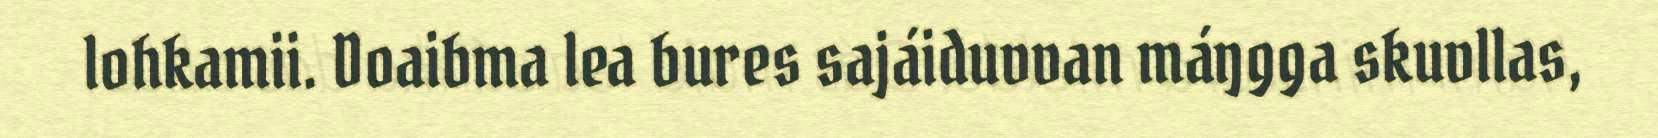
lohkamii. Doaibma lea bures sajáiduvvan máŋgga skuvllas,